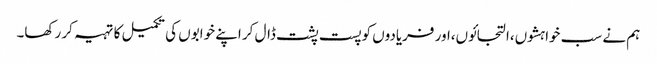
ہم نے سب خواہشوں،التجائوں،اور فریادوں کو پست پشت ڈال کر اپنے خوابوں کی تکمیل کا تہیہ کر رکھا۔